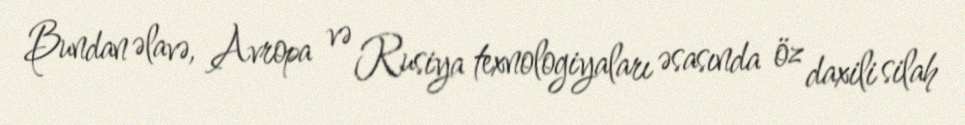
Bundan əlavə, Avropa və Rusiya texnologiyaları əsasında öz daxili silah